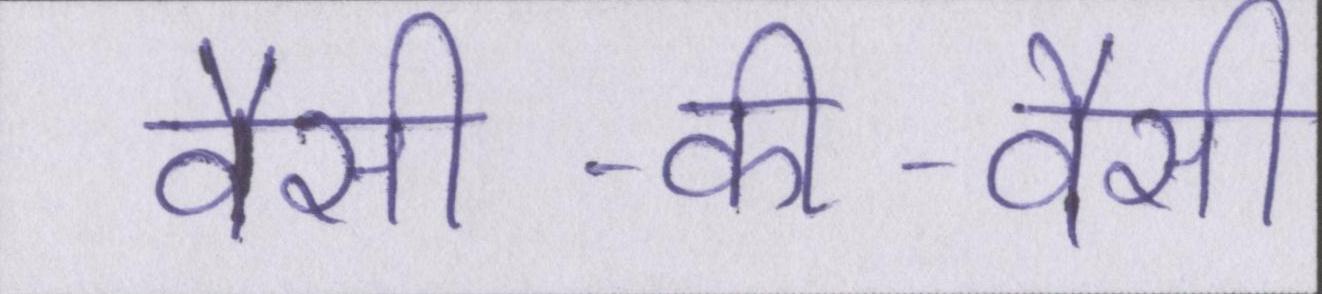
वैसी-की-वैसी